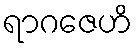
ရာဂဇေဟိ